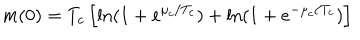
m ( 0 ) = T _ { c } \left[ \ln ( 1 + e ^ { \mu _ { c } / T _ { c } } ) + \ln ( 1 + e ^ { - \mu _ { c } / T _ { c } } ) \right]